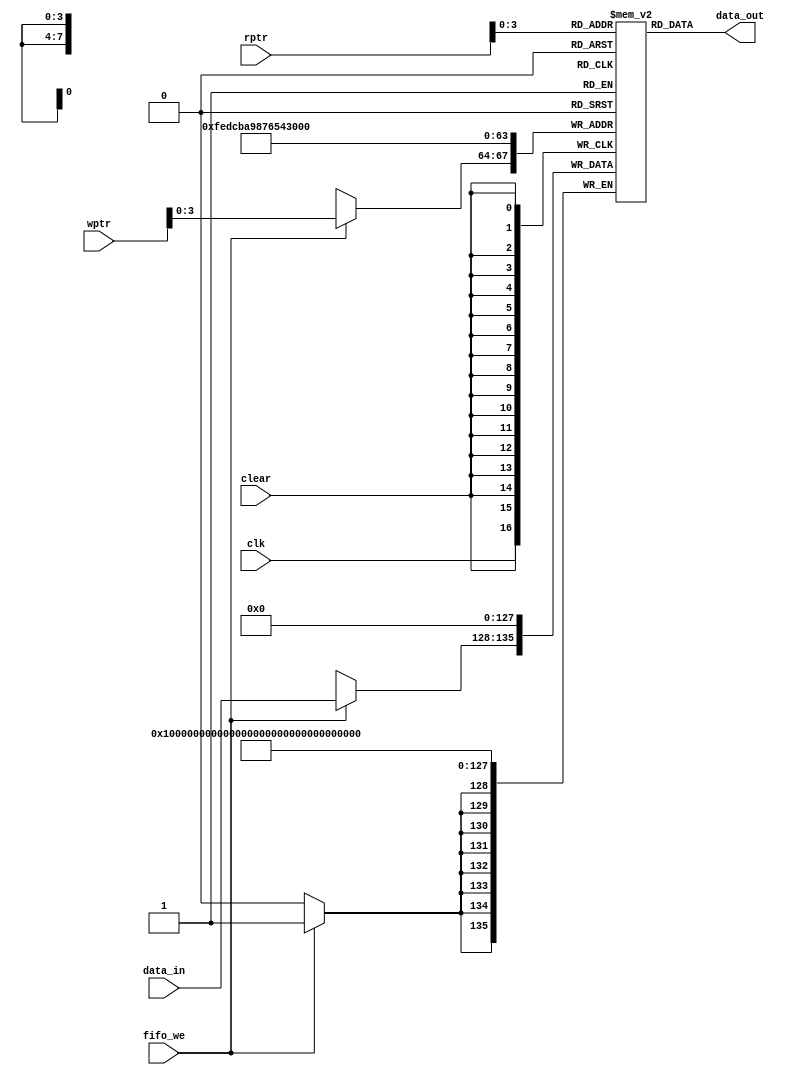
module memory_array (
    data_in,
    fifo_we,
    wptr,
    rptr,
    data_out,
    clk,
    clear
);
// Input:
//     data_in(8bit): data to be writen 
//     fifo_we(bool): write enable
//     wptr(5bit): write memory address pointer
//     rptr(5bit): read memory address pointer
//     clk(bool): clock
//     clear(bool): signal to clear clear memeory to 0 
// Ouput:
//     data_out(8bit): data to be read out based on`rptr`

input [7:0] data_in;
input fifo_we;
input [4:0] wptr;
input [4:0] rptr;
output [7:0] data_out;
wire [7:0] data_out;
input clk;
input clear;

reg [7:0] data_out_i [0:16-1];

initial begin: INITIALIZE_DATA_OUT_I
    integer i;
    for(i=0; i<16; i=i+1) begin
        data_out_i[i] = 0;
    end
end




always @(posedge clk) begin: MEMORY_ARRAY_UPTAKE
    if (fifo_we) begin
        data_out_i[wptr[4-1:0]] <= data_in;
    end
end



assign data_out = data_out_i[rptr[4-1:0]];


always @(negedge clear) begin: MEMORY_ARRAY_CLEARMEM
    integer i;
    for (i=0; i<16; i=i+1) begin
        data_out_i[i] <= 0;
    end
end

endmodule